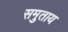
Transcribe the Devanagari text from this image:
समुताय